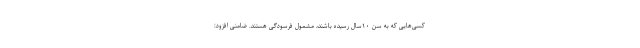
کسی‌هایی که به سن ۱۰سال رسیده باشند، مشمول فرسودگی هستند. ضامنی افزود: